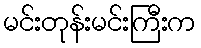
မင်းတုန်းမင်းကြီးက